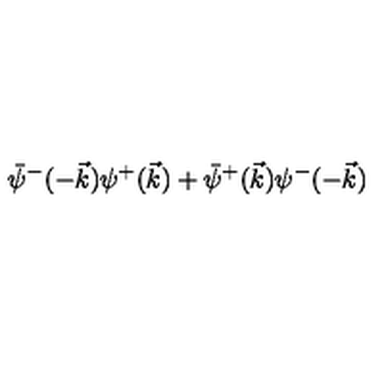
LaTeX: \bar { \psi } ^ { - } ( - \vec { k } ) \psi ^ { + } ( \vec { k } ) + \bar { \psi } ^ { + } ( \vec { k } ) \psi ^ { - } ( - \vec { k } )